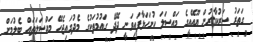
ގަތަރު ސަރުކާރުން ޔޫއޭއީގެ މައްސަލަ ހުށަހަޅާފައިވަނީ ދޭދޭ ގައުމުތަކުގެ މެދުގައިޖެހޭ މައްސަލަތައް ބެލުމަށް